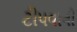
ટીપવાની